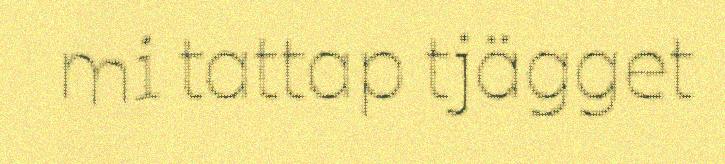
mi tattap tjägget